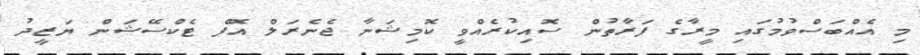
މި އެއްބަސްވުމުގައި މީރާގެ ފަރާތުން ސޮއިކުރެއްވީ ކޮމިޝަނާ ޖެނެރަލް އޮފް ޓެކްސޭޝަން ޔަޒީދު